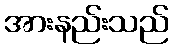
အားနည်းသည်